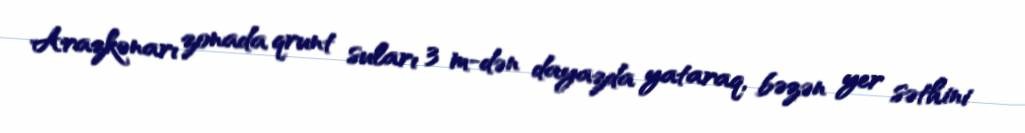
Arazkənarı zonada qrunt suları 3 m-dən dayazda yataraq, bəzən yer səthini